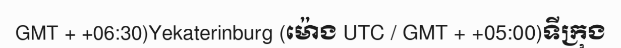
GMT + +06:30)Yekaterinburg (ម៉ោង UTC / GMT + +05:00)ទីក្រុង